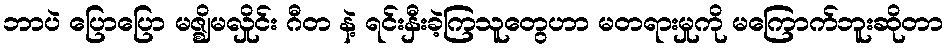
ဘာပဲ ပြောပြော မဇ္ဈိမလှိုင်း ဂီတ နဲ့ ရင်းနှီးခဲ့ကြသူတွေဟာ မတရားမှုကို မကြောက်ဘူးဆိုတာ